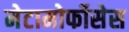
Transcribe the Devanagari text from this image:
मेटामोर्फोसेस